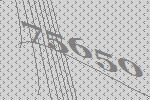
75650